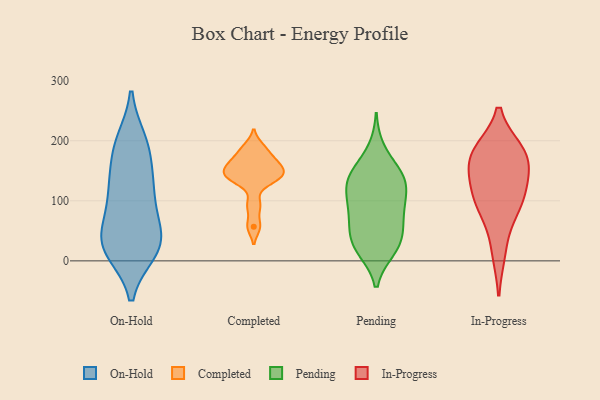
{"axis": {"x": "Bounce Rate (%)", "y": "Value"}, "legend": ["Completed", "In-Progress", "On-Hold", "Pending"], "data": [{"x": "", "y": 199, "type": "On-Hold"}, {"x": "", "y": 58, "type": "On-Hold"}, {"x": "", "y": 134, "type": "On-Hold"}, {"x": "", "y": 61, "type": "On-Hold"}, {"x": "", "y": 30, "type": "On-Hold"}, {"x": "", "y": 20, "type": "On-Hold"}, {"x": "", "y": 162, "type": "On-Hold"}, {"x": "", "y": 109, "type": "On-Hold"}, {"x": "", "y": 17, "type": "On-Hold"}, {"x": "", "y": 196, "type": "On-Hold"}, {"x": "", "y": 29, "type": "On-Hold"}, {"x": "", "y": 29, "type": "On-Hold"}, {"x": "", "y": 113, "type": "On-Hold"}, {"x": "", "y": 113, "type": "On-Hold"}, {"x": "", "y": 22, "type": "On-Hold"}, {"x": "", "y": 191, "type": "On-Hold"}, {"x": "", "y": 141, "type": "Completed"}, {"x": "", "y": 163, "type": "Completed"}, {"x": "", "y": 93, "type": "Completed"}, {"x": "", "y": 57, "type": "Completed"}, {"x": "", "y": 138, "type": "Completed"}, {"x": "", "y": 134, "type": "Completed"}, {"x": "", "y": 156, "type": "Completed"}, {"x": "", "y": 176, "type": "Completed"}, {"x": "", "y": 190, "type": "Completed"}, {"x": "", "y": 152, "type": "Completed"}, {"x": "", "y": 142, "type": "Pending"}, {"x": "", "y": 19, "type": "Pending"}, {"x": "", "y": 142, "type": "Pending"}, {"x": "", "y": 18, "type": "Pending"}, {"x": "", "y": 101, "type": "Pending"}, {"x": "", "y": 31, "type": "Pending"}, {"x": "", "y": 185, "type": "Pending"}, {"x": "", "y": 47, "type": "Pending"}, {"x": "", "y": 60, "type": "Pending"}, {"x": "", "y": 138, "type": "Pending"}, {"x": "", "y": 58, "type": "Pending"}, {"x": "", "y": 78, "type": "Pending"}, {"x": "", "y": 94, "type": "Pending"}, {"x": "", "y": 142, "type": "Pending"}, {"x": "", "y": 101, "type": "Pending"}, {"x": "", "y": 114, "type": "Pending"}, {"x": "", "y": 140, "type": "Pending"}, {"x": "", "y": 22, "type": "Pending"}, {"x": "", "y": 121, "type": "In-Progress"}, {"x": "", "y": 95, "type": "In-Progress"}, {"x": "", "y": 182, "type": "In-Progress"}, {"x": "", "y": 108, "type": "In-Progress"}, {"x": "", "y": 168, "type": "In-Progress"}, {"x": "", "y": 179, "type": "In-Progress"}, {"x": "", "y": 80, "type": "In-Progress"}, {"x": "", "y": 179, "type": "In-Progress"}, {"x": "", "y": 146, "type": "In-Progress"}, {"x": "", "y": 15, "type": "In-Progress"}]}